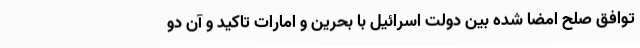
توافق صلح امضا شده بین دولت اسرائیل با بحرین و امارات تاکید و آن دو